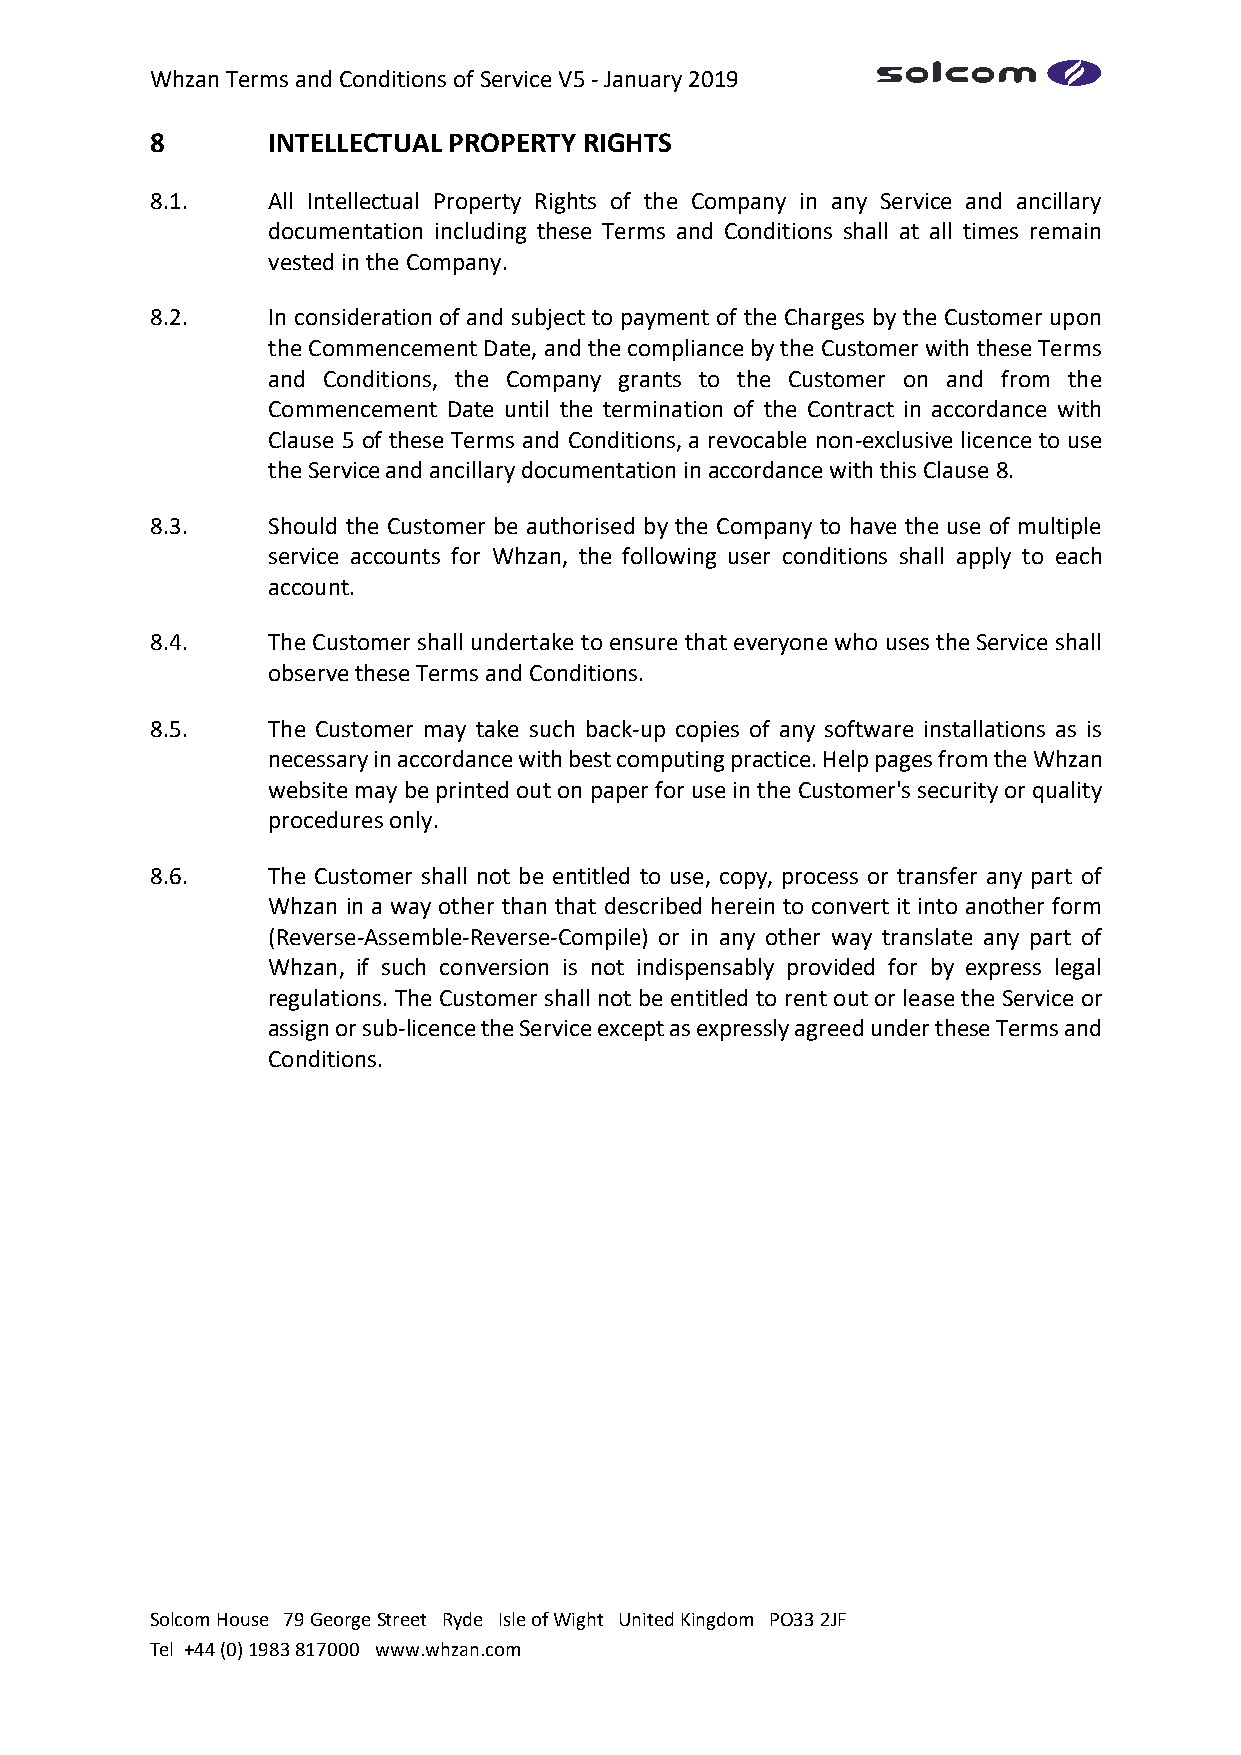
Whzan Terms and Conditions of Service V5 - January 2019
 8       INTELLECTUAL PROPERTY RIGHTS
 8.1.    All Intellectual Property Rights of the Company in any Service and ancillary
 documentation including these Terms and Conditions shall at all times remain
 vested in the Company.
 8.2.    In consideration of and subject to payment of the Charges by the Customer upon
 the Commencement Date, and the compliance by the Customer with these Terms
 and Conditions, the Company grants to the Customer on and from the
 Commencement Date until the termination of the Contract in accordance with
 Clause 5 of these Terms and Conditions, a revocable non-exclusive licence to use
 the Service and ancillary documentation in accordance with this Clause 8.
 8.3.    Should the Customer be authorised by the Company to have the use of multiple
 service accounts for Whzan, the following user conditions shall apply to each
 account.
 8.4.    The Customer shall undertake to ensure that everyone who uses the Service shall
 observe these Terms and Conditions.
 8.5.    The Customer may take such back-up copies of any software installations as is
 necessary in accordance with best computing practice. Help pages from the Whzan
 website may be printed out on paper for use in the Customer's security or quality
 procedures only.
 8.6.    The Customer shall not be entitled to use, copy, process or transfer any part of
 Whzan in a way other than that described herein to convert it into another form
 (Reverse-Assemble-Reverse-Compile) or in any other way translate any part of
 Whzan, if such conversion is not indispensably provided for by express legal
 regulations. The Customer shall not be entitled to rent out or lease the Service or
 assign or sub-licence the Service except as expressly agreed under these Terms and
 Conditions.
 Solcom House 79 George Street Ryde Isle of Wight United Kingdom PO33 2JF
 Tel +44 (0) 1983 817000 www.whzan.com